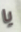
يا